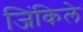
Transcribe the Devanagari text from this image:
जिंकिले